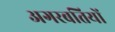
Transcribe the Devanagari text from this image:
अगरबतियों